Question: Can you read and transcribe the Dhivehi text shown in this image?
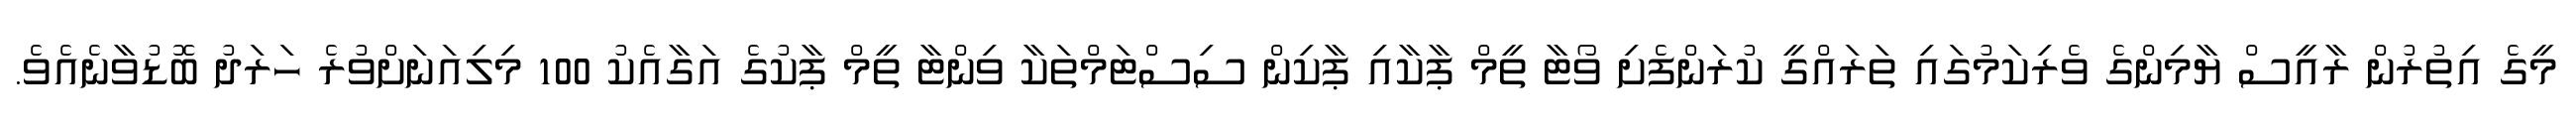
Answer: މީގެ އިތުރުން ރާއީސް ޔާމިންގެ ވެރިކަމުގައި ތަރައްގީ ކުރަންފެށި ވޯޓާ ތީމް ޕާކާއި ޕާކިން ސިސްޓަމްތަކާ ވިންޓާ ތީމް ޕާކުގެ އަގާއެކު 100 މިލިއަނަށްވުރެ ހަރަދު ބޮޑުވާނެއެވެ.